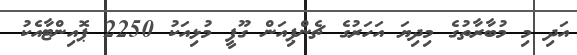
އަދި މި މުބާރާތުގެ މިދިޔަ އަހަރުގެ ޗެންޕިއަން ގޫފީ މުޅިއަކު 2250 ޕޮއިންޓާއެކު